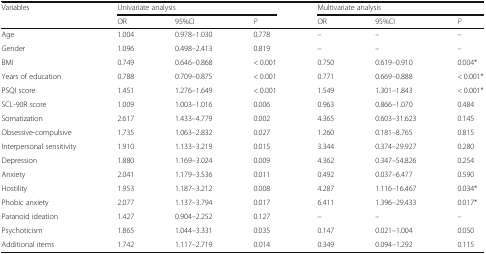
<table><thead><tr><td rowspan="2"><b>Variables</b></td><td colspan="3"><b>Univariate analysis</b></td><td colspan="3"><b>Multivariate analysis</b></td></tr><tr><td><b>OR</b></td><td><b>95%CI</b></td><td><b><i>P</i></b></td><td><b>OR</b></td><td><b>95%CI</b></td><td><b><i>P</i></b></td></tr></thead><tbody><tr><td>Age</td><td>1.004</td><td>0.978–1.030</td><td>0.778</td><td>–</td><td>–</td><td>–</td></tr><tr><td>Gender</td><td>1.096</td><td>0.498–2.413</td><td>0.819</td><td>–</td><td>–</td><td>–</td></tr><tr><td>BMI</td><td>0.749</td><td>0.646–0.868</td><td>&lt; 0.001</td><td>0.750</td><td>0.619–0.910</td><td>0.004*</td></tr><tr><td>Years of education</td><td>0.788</td><td>0.709–0.875</td><td>&lt; 0.001</td><td>0.771</td><td>0.669–0.888</td><td>&lt; 0.001*</td></tr><tr><td>PSQI score</td><td>1.451</td><td>1.276–1.649</td><td>&lt; 0.001</td><td>1.549</td><td>1.301–1.843</td><td>&lt; 0.001*</td></tr><tr><td>SCL-90R score</td><td>1.009</td><td>1.003–1.016</td><td>0.006</td><td>0.963</td><td>0.866–1.070</td><td>0.484</td></tr><tr><td>Somatization</td><td>2.617</td><td>1.433–4.779</td><td>0.002</td><td>4.365</td><td>0.603–31.623</td><td>0.145</td></tr><tr><td>Obsessive-compulsive</td><td>1.735</td><td>1.063–2.832</td><td>0.027</td><td>1.260</td><td>0.181–8.765</td><td>0.815</td></tr><tr><td>Interpersonal sensitivity</td><td>1.910</td><td>1.133–3.219</td><td>0.015</td><td>3.344</td><td>0.374–29.927</td><td>0.280</td></tr><tr><td>Depression</td><td>1.880</td><td>1.169–3.024</td><td>0.009</td><td>4.362</td><td>0.347–54.826</td><td>0.254</td></tr><tr><td>Anxiety</td><td>2.041</td><td>1.179–3.536</td><td>0.011</td><td>0.492</td><td>0.037–6.477</td><td>0.590</td></tr><tr><td>Hostility</td><td>1.953</td><td>1.187–3.212</td><td>0.008</td><td>4.287</td><td>1.116–16.467</td><td>0.034*</td></tr><tr><td>Phobic anxiety</td><td>2.077</td><td>1.137–3.794</td><td>0.017</td><td>6.411</td><td>1.396–29.433</td><td>0.017*</td></tr><tr><td>Paranoid ideation</td><td>1.427</td><td>0.904–2.252</td><td>0.127</td><td>–</td><td>–</td><td>–</td></tr><tr><td>Psychoticism</td><td>1.865</td><td>1.044–3.331</td><td>0.035</td><td>0.147</td><td>0.021–1.004</td><td>0.050</td></tr><tr><td>Additional items</td><td>1.742</td><td>1.117–2.719</td><td>0.014</td><td>0.349</td><td>0.094–1.292</td><td>0.115</td></tr></tbody></table>